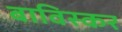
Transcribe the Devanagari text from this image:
बाविस्कर